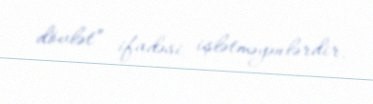
dövlət” ifadəsi işlətməyənlərdir.